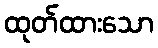
ထုတ်ထားသော